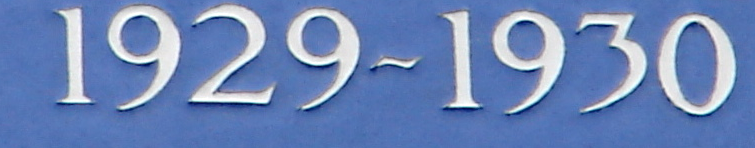
1929~1930